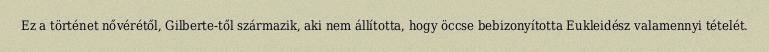
Ez a történet nővérétől, Gilberte-től származik, aki nem állította, hogy öccse bebizonyította Eukleidész valamennyi tételét.